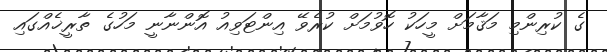
ގެ ކުރިންމި މަޤާމަށް މީހަކު ހޮވުމަށް ކުރެވޭ އިންޓަވިއު އޮންނާނީ މަހުގެ ތާރީޚެއްގައި